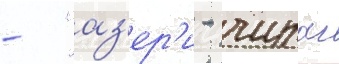
- "аз'ер'и - чираг